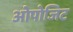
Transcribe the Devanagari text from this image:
ओपोजिट